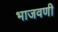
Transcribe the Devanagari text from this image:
भाजवणी